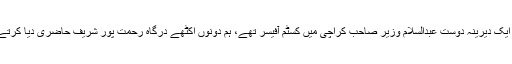
میرے ایک دیرینہ دوست عبدالسلام وزیر صاحب کراچی میں کسٹم آفیسر تھے، ہم دونوں اکٹھے درگاہ رحمت پور شریف حاضری دیا کرتے تھے۔